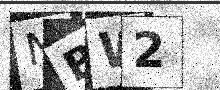
Text: NBW2